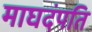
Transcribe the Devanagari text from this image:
माघदंपति